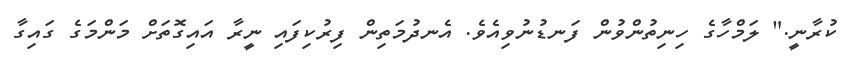
ކުރާނީ." ލަމްހާގެ ހިނިތުންވުން ފަނޑުނުވިއެވެ. އެނދުމަތިން ފިރުކިފައި ނީރާ އައިގޮތަށް މަންމަގެ ގައިގާ